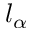
l _ { \alpha }